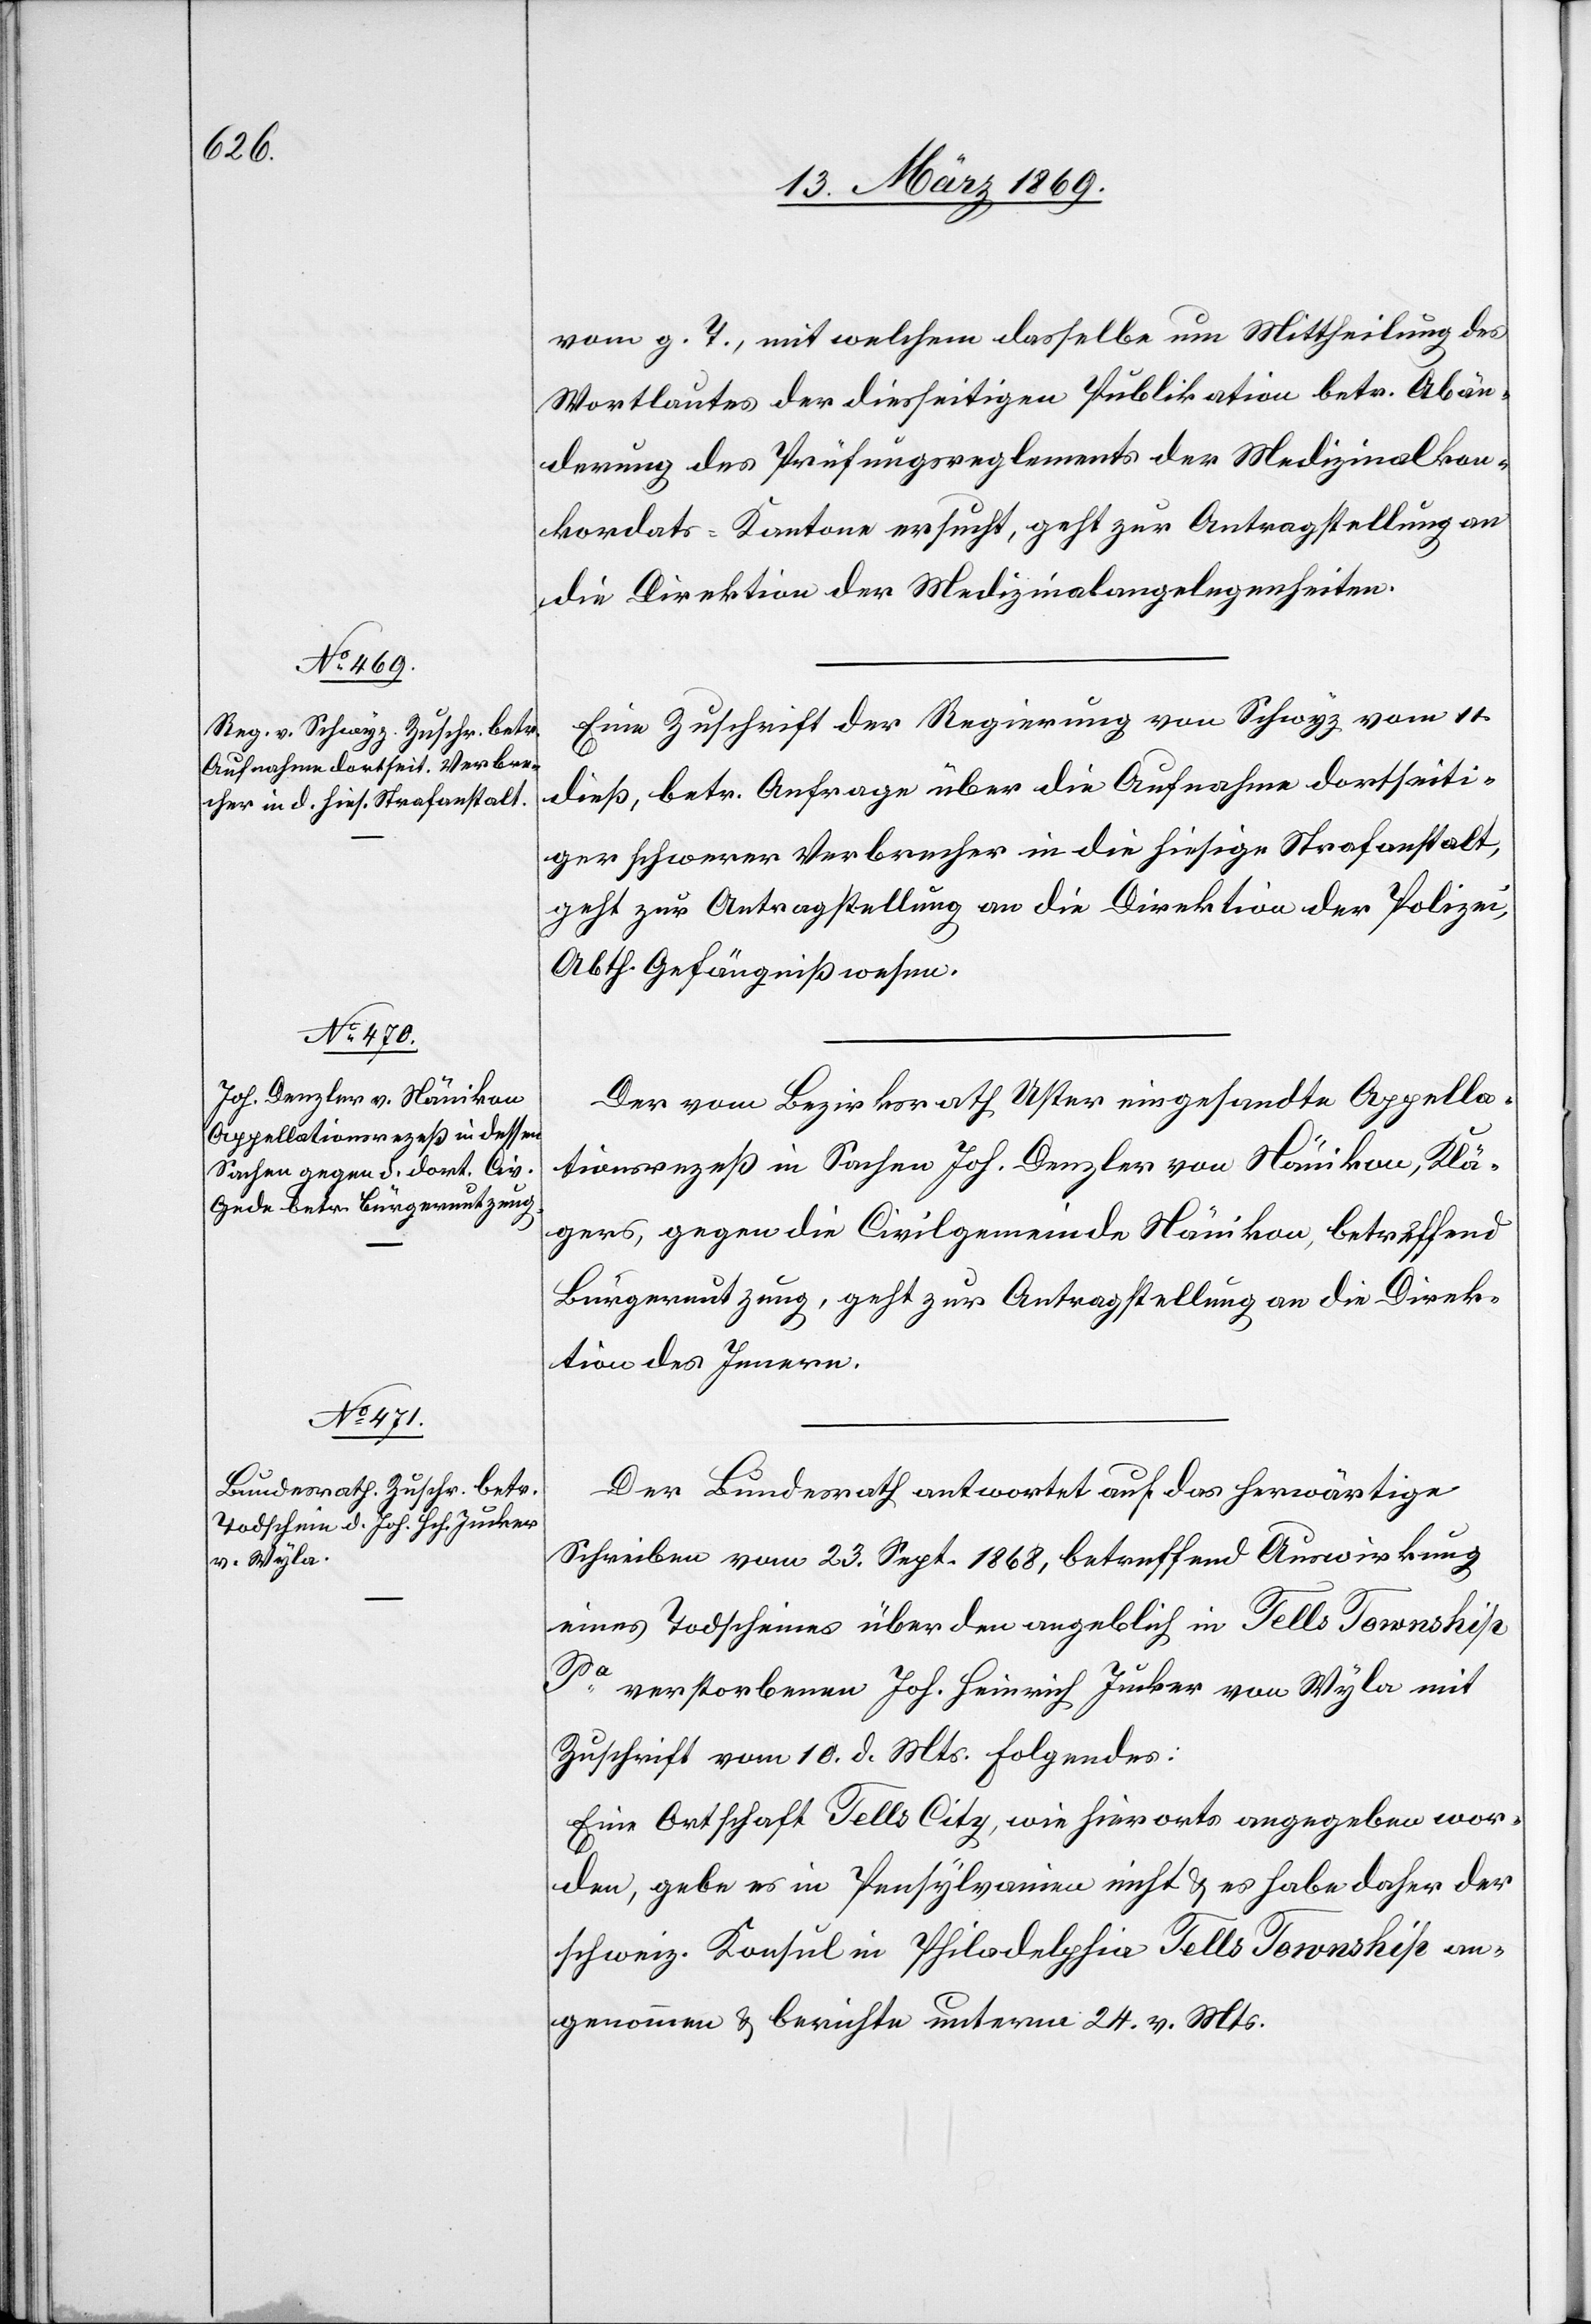
14. März 1869.]
vom g. T., mit welchem dasselbe um Mittheilung des
Wortlautes der diesseitigen Publikation betr. Abän¬
derung des Prüfungsreglements der Medizinalkon¬
kordats-Kantone ersucht, geht zur Antragstellung an
die Direktion der Medizinalangelegenheiten.
Eine Zuschrift der Regierung von Schwyz vom 11.
dieß, betr. Anfrage über die Aufnahme dortseiti¬
ger schwerer Verbrecher in die hiesige Strafanstalt,
geht zur Antragstellung an die Direktion der Polizei,
Abth. Gefängnißwesen.
Der vom Bezirksrath Uster eingesandte Appella¬
tionsprozeß in Sachen Joh. Denzler von Nänikon, Klä¬
gers, gegen die Civilgemeinde Nänikon, betreffend
Bürgernutzung, geht zur Antragstellung an die Direk¬
tion des Innern.
Der Bundesrath antwortet auf das herwärtige
Schreiben vom 23. Sept. 1868, betreffend Auswirkung
eines Todscheins über den angeblich in Tells Township
Pa, verstorbenen Joh. Heinrich Jucker von Wyla mit
Zuschrift vom 10. d. Mts. Folgendes:
Eine Ortschaft Tells City, wie hierorts angegeben wor¬
den, gebe es in Pensylvanien nicht & es habe daher der
schweiz. Konsul in Philadelphia Tells Township an¬
genommen & berichte unterm 24. v. Mts.